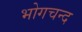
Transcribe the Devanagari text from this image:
भोगचन्द